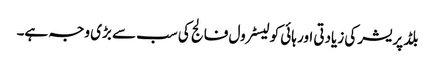
بلڈ پریشر کی زیادتی اور ہائی کولیسٹرول فالج کی سب سے بڑی وجہ ہے۔